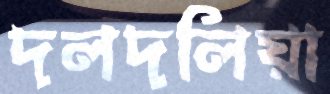
দলদলিয়া